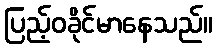
ပြည့်ဝခိုင်မာနေသည်။